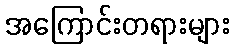
အကြောင်းတရားများ